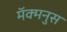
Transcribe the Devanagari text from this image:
मॅक्मनुस